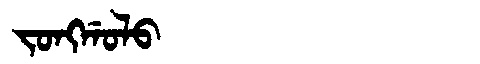
Manchu: ᠵᠣᠩᡤᠣᠯᠣ
Romanization: JONGGOLO